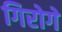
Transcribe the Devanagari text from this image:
गिरोगे